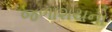
જળાશયનો